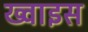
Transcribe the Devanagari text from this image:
ख्वाइस